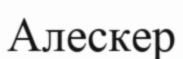
Алескер